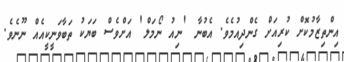
އިންތިޒާމުކޮށް ކުރިއަށް ގެންދިއުމެވެ. އެބުނާ 'ނިއު ނޯމަލް' އަށްވެސް ބަޔަކު ތަބާވަނީކީއެއް ނޫނެވެ.